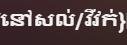
នៅសល់/វីវក់}